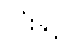
လုံးနှင့်